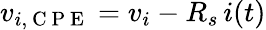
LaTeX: v_{i,\mathrm{~C~P~E~}}=v_{i}-R_{s}\, i(t)